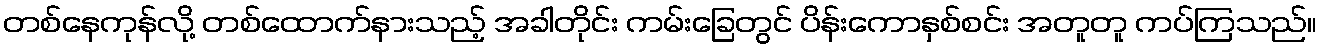
တစ်နေကုန်လို့ တစ်ထောက်နားသည့် အခါတိုင်း ကမ်းခြေတွင် ပိန်းကောနှစ်စင်း အတူတူ ကပ်ကြသည်။